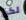
لكن